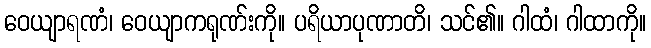
ဝေယျာရဏံ၊ ဝေယျာကရုဏ်းကို။ ပရိယာပုဏာတိ၊ သင်၏။ ဂါထံ၊ ဂါထာကို။